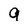
Character: 9